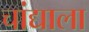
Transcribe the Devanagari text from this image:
चांद्याला